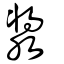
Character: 漿